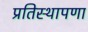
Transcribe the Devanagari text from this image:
प्रतिस्थापणा